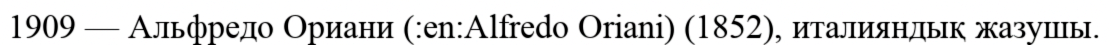
1909 — Альфредо Ориани (:en:Alfredo Oriani) (1852), италияндық жазушы.